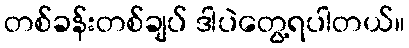
တစ်ခန်းတစ်ချပ် ဒါပဲတွေ့ရပါတယ်။